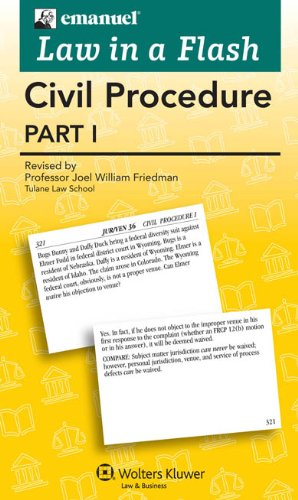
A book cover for Law in a Flash Cards: Civil Procedure Part I; Steven L. Emanuel; Law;